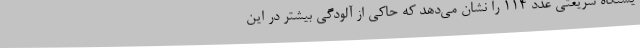
یستگاه شریعتی عدد 114 را نشان می‌دهد که حاکی از آلودگی بیشتر در این